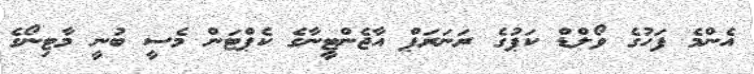
އެންމެ ފަހުގެ ވޯލްޑް ކަޕުގެ ރަނަރަޕް އާޖެންޓީނާގެ ކެޕްޓަން މެސީ ބުނީ މާޓިނޯގެ